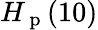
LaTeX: H_{\mathrm{~p~}}(10)